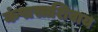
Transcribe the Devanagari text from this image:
कंपासाशिवाय